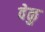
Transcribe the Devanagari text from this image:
वेळु